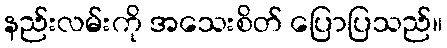
နည်းလမ်းကို အသေးစိတ် ပြောပြသည်။